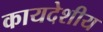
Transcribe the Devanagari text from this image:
कायदेशीय